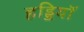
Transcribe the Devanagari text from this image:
हड्डियॉ